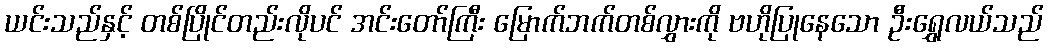
ယင်းသည်နှင့် တစ်ပြိုင်တည်းလိုပင် အင်းတော်ကြီး မြောက်ဘက်တစ်လွှားကို ဗဟိုပြုနေသော ဦးရွှေလယ်သည်